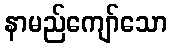
နာမည်ကျော်သော